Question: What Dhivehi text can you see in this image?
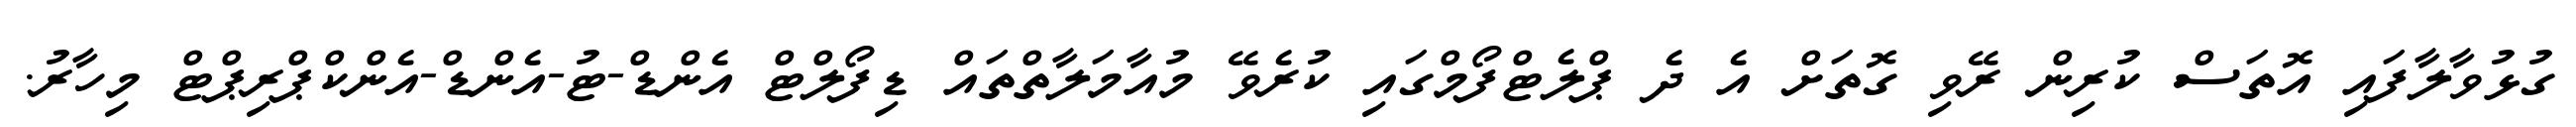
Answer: ގުޅުވާލާފައި އޮތަސް ކުރިން ރޭވި ގޮތަށް އެ ދެ ޕްލެޓްފޯމްގައި ކުރެވޭ މުއާމަލާތްތައް ޑިފޯލްޓް އެންޑް-ޓު-އެންޑް-އެންކްޕްރިޕްޓް މިހާރު.